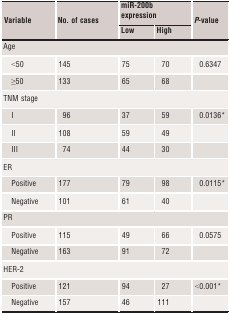
<table><thead><tr><td rowspan="2"><b>Variable</b></td><td rowspan="2"><b>No. of cases</b></td><td colspan="2"><b>miR-200b expression</b></td><td rowspan="2"><b><i>P</i>-value</b></td></tr><tr><td><b>Low</b></td><td><b>High</b></td></tr></thead><tbody><tr><td colspan="5">Age</td></tr><tr><td> &lt;50</td><td>145</td><td>75</td><td>70</td><td>0.6347</td></tr><tr><td> ≥50</td><td>133</td><td>65</td><td>68</td><td></td></tr><tr><td colspan="5">TNM stage</td></tr><tr><td> I</td><td>96</td><td>37</td><td>59</td><td>0.0136*</td></tr><tr><td> II</td><td>108</td><td>59</td><td>49</td><td></td></tr><tr><td> III</td><td>74</td><td>44</td><td>30</td><td></td></tr><tr><td colspan="5">ER</td></tr><tr><td> Positive</td><td>177</td><td>79</td><td>98</td><td>0.0115*</td></tr><tr><td> Negative</td><td>101</td><td>61</td><td>40</td><td></td></tr><tr><td colspan="5">PR</td></tr><tr><td> Positive</td><td>115</td><td>49</td><td>66</td><td>0.0575</td></tr><tr><td> Negative</td><td>163</td><td>91</td><td>72</td><td></td></tr><tr><td colspan="5">HER-2</td></tr><tr><td> Positive</td><td>121</td><td>94</td><td>27</td><td>&lt;0.001*</td></tr><tr><td> Negative</td><td>157</td><td>46</td><td>111</td><td></td></tr></tbody></table>